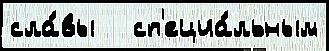
сла́вы   сп'ециа́льным